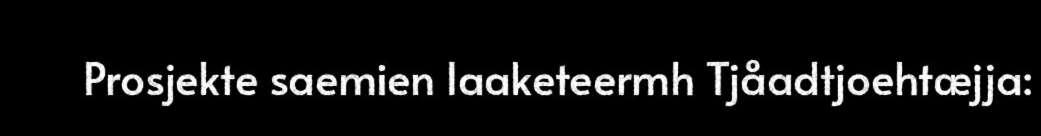
Prosjekte saemien laaketeermh Tjåadtjoehtæjja: